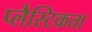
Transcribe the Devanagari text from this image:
प्लैस्टिकता